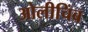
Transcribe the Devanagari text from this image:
ओलीचिंब